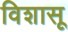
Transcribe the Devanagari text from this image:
विशासू